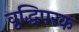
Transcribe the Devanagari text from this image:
वृद्धिपरक